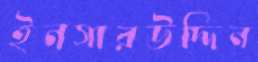
ইনসারউদ্দিন